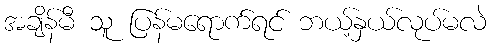
အချိန်မီ သူ ပြန်မရောက်ရင် ဘယ့်နှယ်လုပ်မလဲ